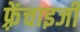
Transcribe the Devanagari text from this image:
फ़्रेंचाइजी